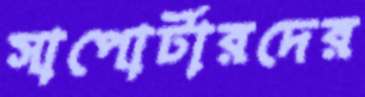
সাপোর্টারদের